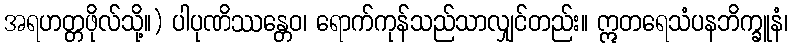
အရဟတ္တဖိုလ်သို့။) ပါပုဏိဿန္တေဝ၊ ရောက်ကုန်သည်သာလျှင်တည်း။ ဣတရေသံပနဘိက္ခူနံ၊